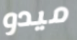
ميدو